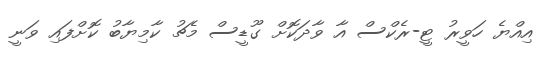
އިއްޔެ ހަވީރު ޓީ-ރެކްސް އާ ވާދަކޮށް ގޫޑީސް މެޗު ކާމިޔާބު ކޮށްފައި ވަނީ